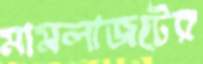
মামলাজটের